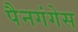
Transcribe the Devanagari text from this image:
पैनगंगेस